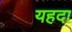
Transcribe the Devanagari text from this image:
यहदा